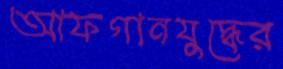
আফগানযুদ্ধের